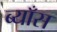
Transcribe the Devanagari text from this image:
ब्याँस